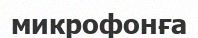
микрофонға